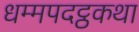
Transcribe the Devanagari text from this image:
धम्मपदट्ठकथा